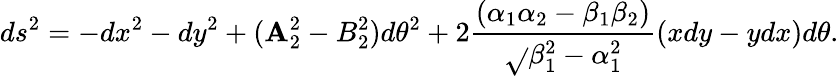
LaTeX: ds^{2}=-dx^{2}-dy^{2}+(\mathbf{A}_{2}^{2}-B_{2}^{2})d\theta^{2}+2{\frac{{(\alpha_{1}\alpha_{2}-\beta_{1}\beta_{2})}}{{\sqrt{}{{\beta_{1}^{2}-\alpha_{1}^{2}}}}}}(xdy-ydx)d\theta.